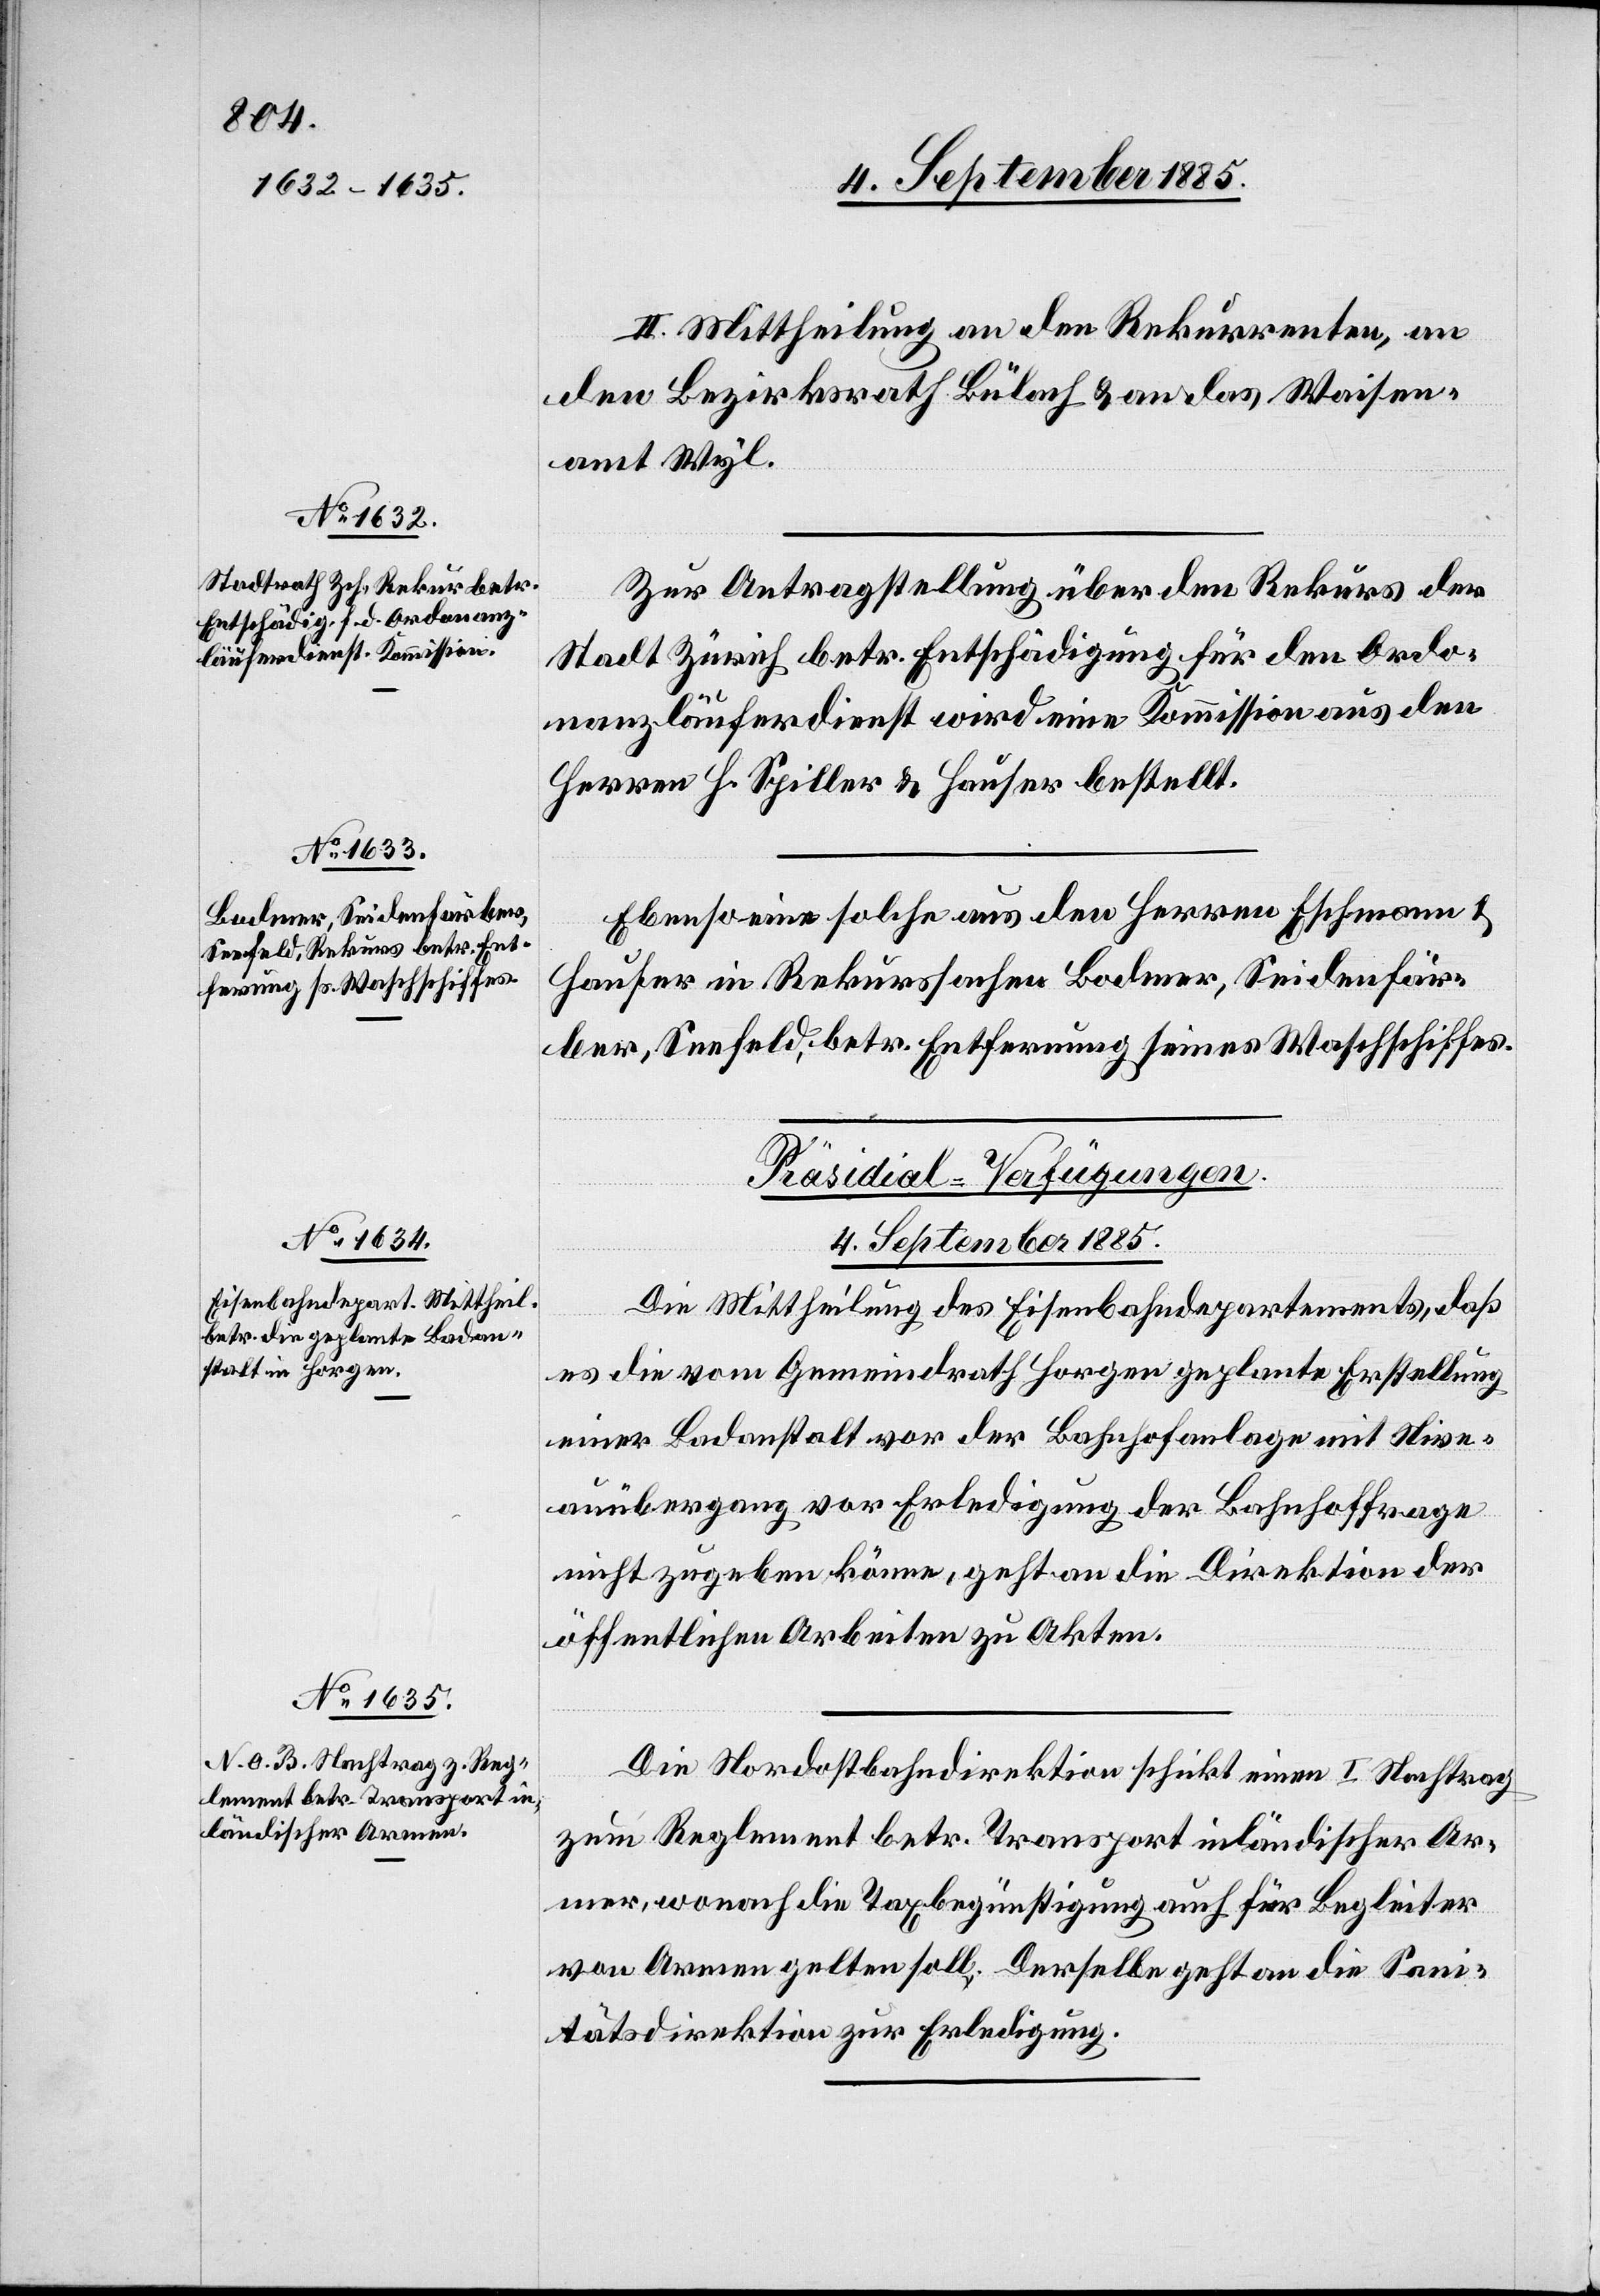
Zur Antragstellung über den Rekurs der
Stadt Zürich betr. Entschädigung für den Ordo¬
nanzläuferdienst wird eine Kommission aus den
Herren H. Spiller & Hauser bestellt.
Ebenso eine solche aus den Herren Eschmann &
Hauser in Rekurssachen Bodmer, Seidenfär¬
ber, Seefeld, betr. Entfernung seines Waschschiffes.
[Präsidial-Verfügungen.
4. September 1885.]
Die Mittheilung des Eisenbahndepartements, daß
es die vom Gemeindrath Horgen geplante Erstellung
einer Badanstalt vor der Bahnhofanlage mit Nive¬
auübergang vor Erledigung der Bahnhoffrage
nicht zugeben könne, geht an die Direktion der
öffentlichen Arbeiten zu Akten.
Die Nordostbahndirektion schickt einen I. Nachtrag
zum Reglement betr. Transport inländischer Ar¬
men, wonach die Taxbegünstigung auch für Begleiter
von Armen gelten soll. Derselbe geht an die San¬
itätsdirektion zur Erledigung.